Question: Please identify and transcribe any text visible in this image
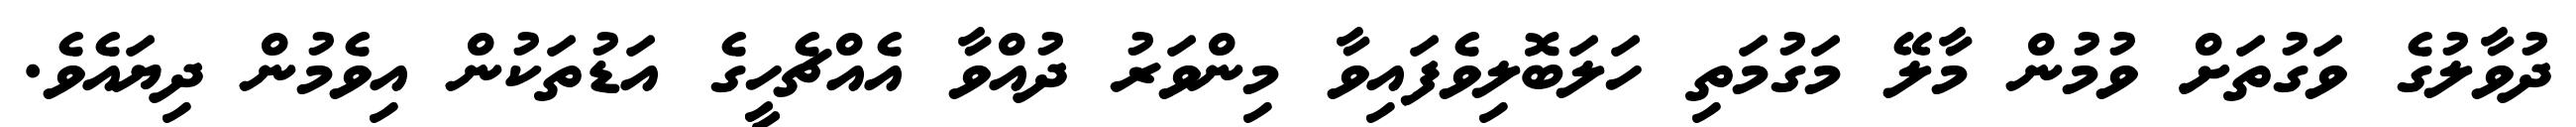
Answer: ދުވާލުގެ ވަގުތަށް ވުމުން މާލޭ މަގުމަތި ހަލަބޮލިވެފައިވާ މިންވަރު ދުއްވާ އެއްޗެހީގެ އަޑުތަކުން އިވެމުން ދިޔައެވެ.